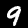
Label: 9